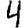
Digit: 4